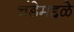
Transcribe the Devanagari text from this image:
चंडेमद्दळे